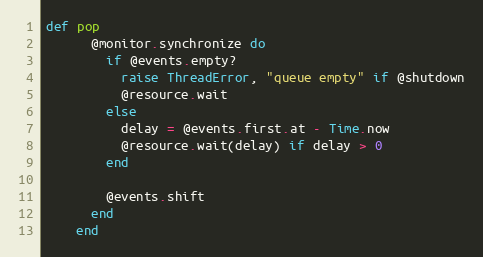
Language: Ruby
def pop
      @monitor.synchronize do
        if @events.empty?
          raise ThreadError, "queue empty" if @shutdown
          @resource.wait
        else
          delay = @events.first.at - Time.now
          @resource.wait(delay) if delay > 0
        end

        @events.shift
      end
    end